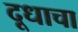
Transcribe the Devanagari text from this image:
दूधाचा